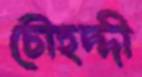
চৌহদ্দী